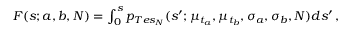
\begin{array} { r } { F ( s ; a , b , N ) = \int _ { 0 } ^ { s } p _ { T e s _ { N } } ( s ^ { \prime } ; \mu _ { t _ { a } } , \mu _ { t _ { b } } , \sigma _ { a } , \sigma _ { b } , N ) d s ^ { \prime } \, , } \end{array}